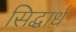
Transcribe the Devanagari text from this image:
सिद्धार्ध